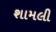
શામલી